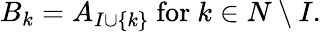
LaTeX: B_{k}=A_{I\cup\{ k\} }{\mathrm{~for~}}k\in N\setminus I.